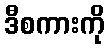
ဒီစကားကို